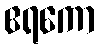
ဧရကော